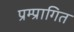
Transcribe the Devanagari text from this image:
प्रम्प्रागित